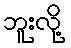
ဘူးလို့